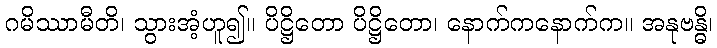
ဂမိဿာမီတိ၊ သွားအံ့ဟူ၍။ ပိဋ္ဌိတော ပိဋ္ဌိတော၊ နောက်ကနောက်က။ အနုဗန္ဓိ၊